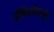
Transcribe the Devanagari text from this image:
इनिस्टीटयूट